Vaccination in the Punjab 1897-1904 - 1897-1904
Year: 1897
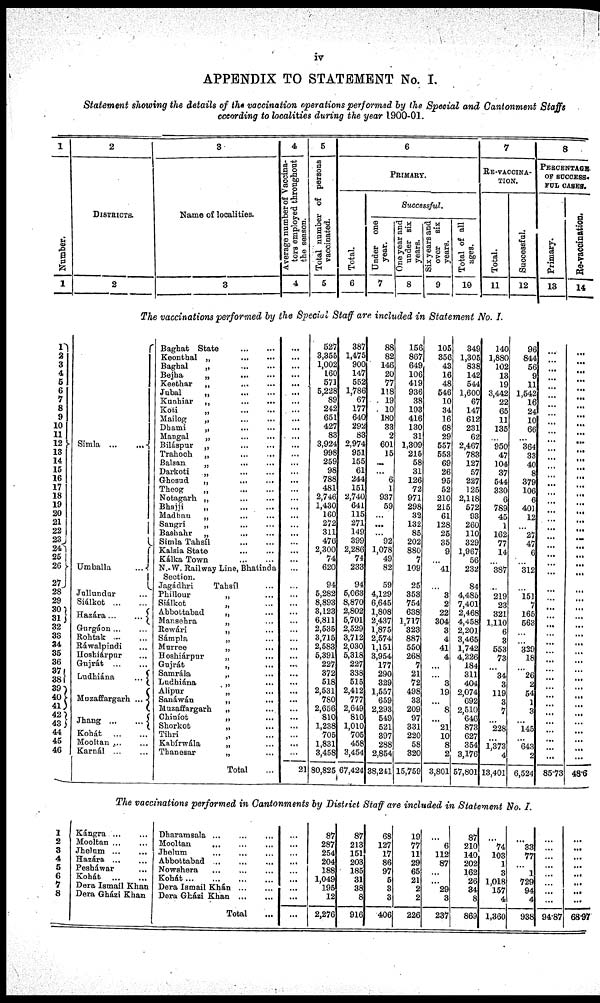
iv
APPENDIX TO STATEMENT No. I.
Statement showing the details of the vaccination operations performed by the Special and Cantonment Staffs
according to localities during the year 1900-01.
1
Number.
1
2
DISTRICTS.
2
3
Name of localities.
3
4
Average number of Vaccina¬
tors employed throughout
the season.
4
5
Total number of persons
vaccinated.
5
6
PRIMARY.
Total.
6
Successful.
Under one
year.
7
One year and
under six
years.
8
Six years and
over six
years.
9
Total of all
ages.
10
7
RE-VACCINA-
----.
Total.
11
Successful.
12
8
PERCENTAGE
OF SUCCESS¬
FUL CASES.
Primary.
13
Re-vaccination.
14
The vaccinations performed by the Special Staff are included in Statement No. I.
1
2
3
4
5
6
7
8
9
10
11
12
13
14
15
16
17
18
19
20
21
22
23
24
25
26
27
28
29
30
31
32
33
34
35
36
37
38
39
40
41
42
43
44
45
46
Simla
...
...
Umballa
...
...
Jullundur ... ...
Siálkot
...
...
Hazára
...
...
Gurgáon ... ...
Rohtak ... ...
Ráwalpindi ... ...
Hoshiárpur ... ...
Gujrát
...
...
Ludhiána ... ...
Muzaffargarh ... ...
Jhang
...
...
Kohát
...
...
Mooltan ... ...
Karnál ... ...
Baghat State ... ... ...
Keonthal „ ... ...
Baghal
„
...
...
Bejha
„
...
...
Keethar „ ... ...
Jubal
„
...
...
Kunhiar „ ... ...
Koti
„
...
...
Mailog
„
...
...
Dhami „ ... ...
Mangal „ ... ...
Biláspur „ ... ...
Trahoch
„
...
...
Balsan „ ... ...
Darkoti
„
...
...
Ghosud
„
...
...
Theog
„
...
...
Notagarh
„
...
...
Bhajji „ ... ...
Madhan „ ... ...
Sangri
„
...
...
Bashahr
„
...
...
Simla Tahsíl
...
...
Kalsia State
...
...
Kálka Town
...
...
N.-W. Railway Line, Bhatinda
section.
Jagádhri
Tahsíl ...
Phillour „ ... ...
Siálkot „ ... ...
Abbottabad „ ... ...
Mansehra „ ... ...
Rewári „ ... ...
Sámpla „ ... ...
Murree „ ... ...
Hoshiárpur „ ... ...
Gujrát „ ... ...
Samrála „ ... ...
Ludhiána „ ... ...
Alipur „ ... ...
Sanáwán „ ... ...
Muzaffargarh „ ... ...
Chiníot „ ... ...
Shorkot
„
...
...
Tihri „ ... ...
Kabírwála „ ... ...
Thanesar „ ... ...
Total ...
...
...
...
...
...
...
...
...
...
...
...
...
...
...
...
...
...
...
...
...
...
...
...
...
...
...
...
...
...
...
...
...
...
...
...
...
...
...
...
...
...
...
...
...
...
...
21
527
3,355
1,002
160
571
5,228
89
242
651
427
83
3,924
998
259
98
788
481
2,746
1,430
160
272
311
476
2,300
74
620
94
5,282
8,893
3,123
6,811
2,535
3,715
2,583
5,391
227
372
518
2,531
780
2,656
810
1,238
705
1,831
3,458
80,825
387
1,475
900
147
552
1,786
67
177
640
292
83
2,974
951
155
61
244
151
2,740
641
115
271
149
399
2,286
74
233
94
5,063
8,870
2,802
5,701
2,529
3,712
2,030
5,318
227
338
515
2,412
777
2,649
810
1,010
705
458
3,454
67,424
88
82
146
20
77
118
19
10
180
33
2
601
15
...
...
6
1
937
59
...
...
...
92
1,078
49
82
59
4,129
6,645
1,808
2,437
1,875
2,574
1,151
3,954
177
290
329
1,557
659
2,293
549
521
397
288
2,854
38,241
156
867
649
106
419
936
38
103
416
130
31
1,309
215
58
31
126
72
971
298
32
132
85
202
880
7
109
25
353
754
638
1,717
323
887
550
268
7
21
72
498
33
209
97
331
220
58
320
15,759
105
356
43
16
48
546
10
34
16
68
29
557
553
69
26
95
52
210
215
61
128
25
35
9
...
41
...
3
2
22
304
3
4
41
4
...
...
3
19
...
8
...
21
10
8
2
3,801
349
1,305
838
142
544
1,600
67
147
612
231
62
2,467
783
127
57
227
125
2,118
572
93
260
110
329
1,967
56
232
84
4,485
7,401
2,468
4,458
2,201
3,465
1,742
4,226
184
311
404
2,074
692
2,510
646
873
627
354
3,176
57,801
140
1,880
102
13
19
3,442
22
65
11
135
...
950
47
104
37
544
330
6
789
45
1
162
77
14
...
387
...
219
23
321
1,110
6
3
553
73
...
34
3
119
3
7
...
228
...
1,373
4
13,401
96
844
56
9
11
1,542
16
24
10
66
...
364
33
40
8
379
106
6
401
12
...
27
47
6
...
312
...
151
7
165
563
...
...
329
18
...
26
2
54
1
3
...
145
...
643
2
6,524
...
...
...
...
...
...
...
...
...
...
...
...
...
...
...
...
...
...
...
...
...
...
...
...
...
...
...
...
...
...
...
...
...
...
...
...
...
...
...
...
...
...
...
...
...
...
85.73
...
...
... ...
...
...
...
...
...
...
...
...
...
...
...
...
...
...
...
...
...
...
...
...
... ...
...
...
...
...
...
...
...
...
...
...
...
...
... ...
...
...
...
...
...
...
48.6
The vaccinations performed in Cantonments by District Staff are included in Statement No. I.
1
2
3
4
5
6
7
8
Kángra ...
Mooltan ...
Jhelum ...
Hazára ...
Pesháwar
Kohát
Dera Ismail Khan
Dera Gházi Khan
Dharamsala ...
Mooltan
...
Jhelum
...
...
Abbottabad
Nowshera
Kohát
Dera Ismail Khán
Dera Gházi Khan
Total
...
...
...
...
...
...
...
...
87
287
254
204
188
1,049
195
12
2,276
87
213
151
203
185
31
38
8
916
68
127
17
86
97
5
3
3
406
19
77
11
29
65
21
2
2
226
...
6
112
87
...
...
29
3
237
87
210
140
202
162
26
34
8
869
...
74
103
1
3
1,018
157
4
1,360
...
33
77
...
1
729
94
4
938
...
...
...
...
...
...
...
...
94.87
...
...
...
...
... ...
...
...
68.97